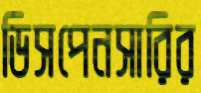
ডিসপেনসারির